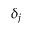
\delta _ { j }